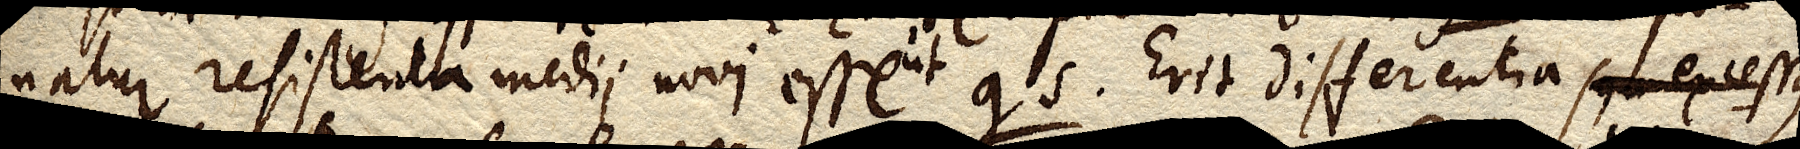
natur resistentia medii novi esse ut gs. Erit differentia seu excessus